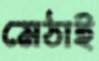
মেঠাই